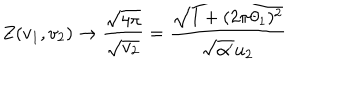
Z ( v _ { 1 } , v _ { 2 } ) \rightarrow \frac { \sqrt { 4 \pi } } { \sqrt { v _ { 2 } } } = \frac { \sqrt { 1 + ( 2 \pi \theta _ { 1 } ) ^ { 2 } } } { \sqrt { \alpha ^ { \prime } } u _ { 2 } }